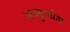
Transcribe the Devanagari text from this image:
अच्युतप्रेक्ष